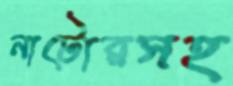
নাটোরসহ